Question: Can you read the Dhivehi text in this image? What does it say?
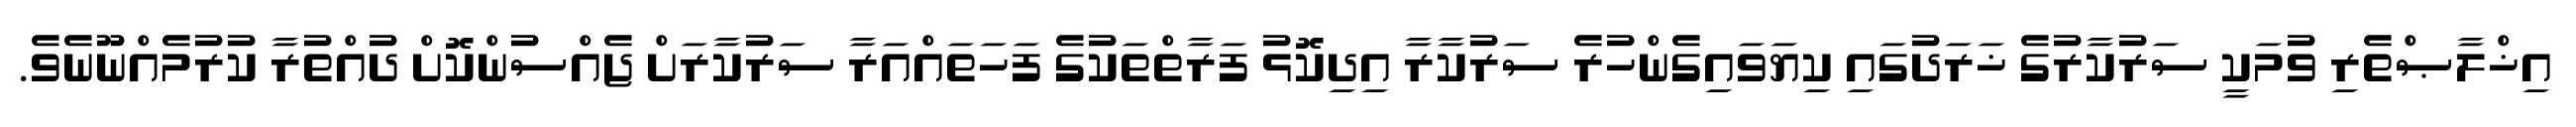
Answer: އިޚްލާޞްތެރި ވުމަކީ ސަރުކާރުގެ ޚަރަދުގައި ކިޔަވައިގެންހުރެ ސަރުކާރާ އިދިކޮޅު ފަރާތްތަކުގެ ފަހަތައްއަރާ ސަރުކާރަށް ޖެއްސުންކޮށް ދުއްތުރާ ކުރުމެއްނޫނެވެ.